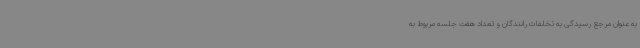
به عنوان مرجع رسیدگی به تخلفات رانندگان و تعداد هفت جلسه مربوط به